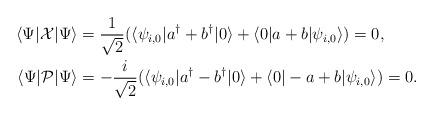
LaTeX: \begin{align*} \langle\Psi|\mathcal{X}|\Psi\rangle &= \frac{1}{\sqrt{2}}(\langle\psi_{i,0} |a^{\dagger} + b^{\dagger}|0\rangle + \langle 0| a+b|\psi_{i,0}\rangle) = 0, \\ \langle\Psi|\mathcal{P}|\Psi\rangle &= -\frac{i}{\sqrt{2}}(\langle\psi_{i,0} |a^{\dagger}-b^{\dagger}|0\rangle + \langle 0|-a+b|\psi_{i,0}\rangle) = 0.\end{align*}